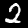
Digit: 2